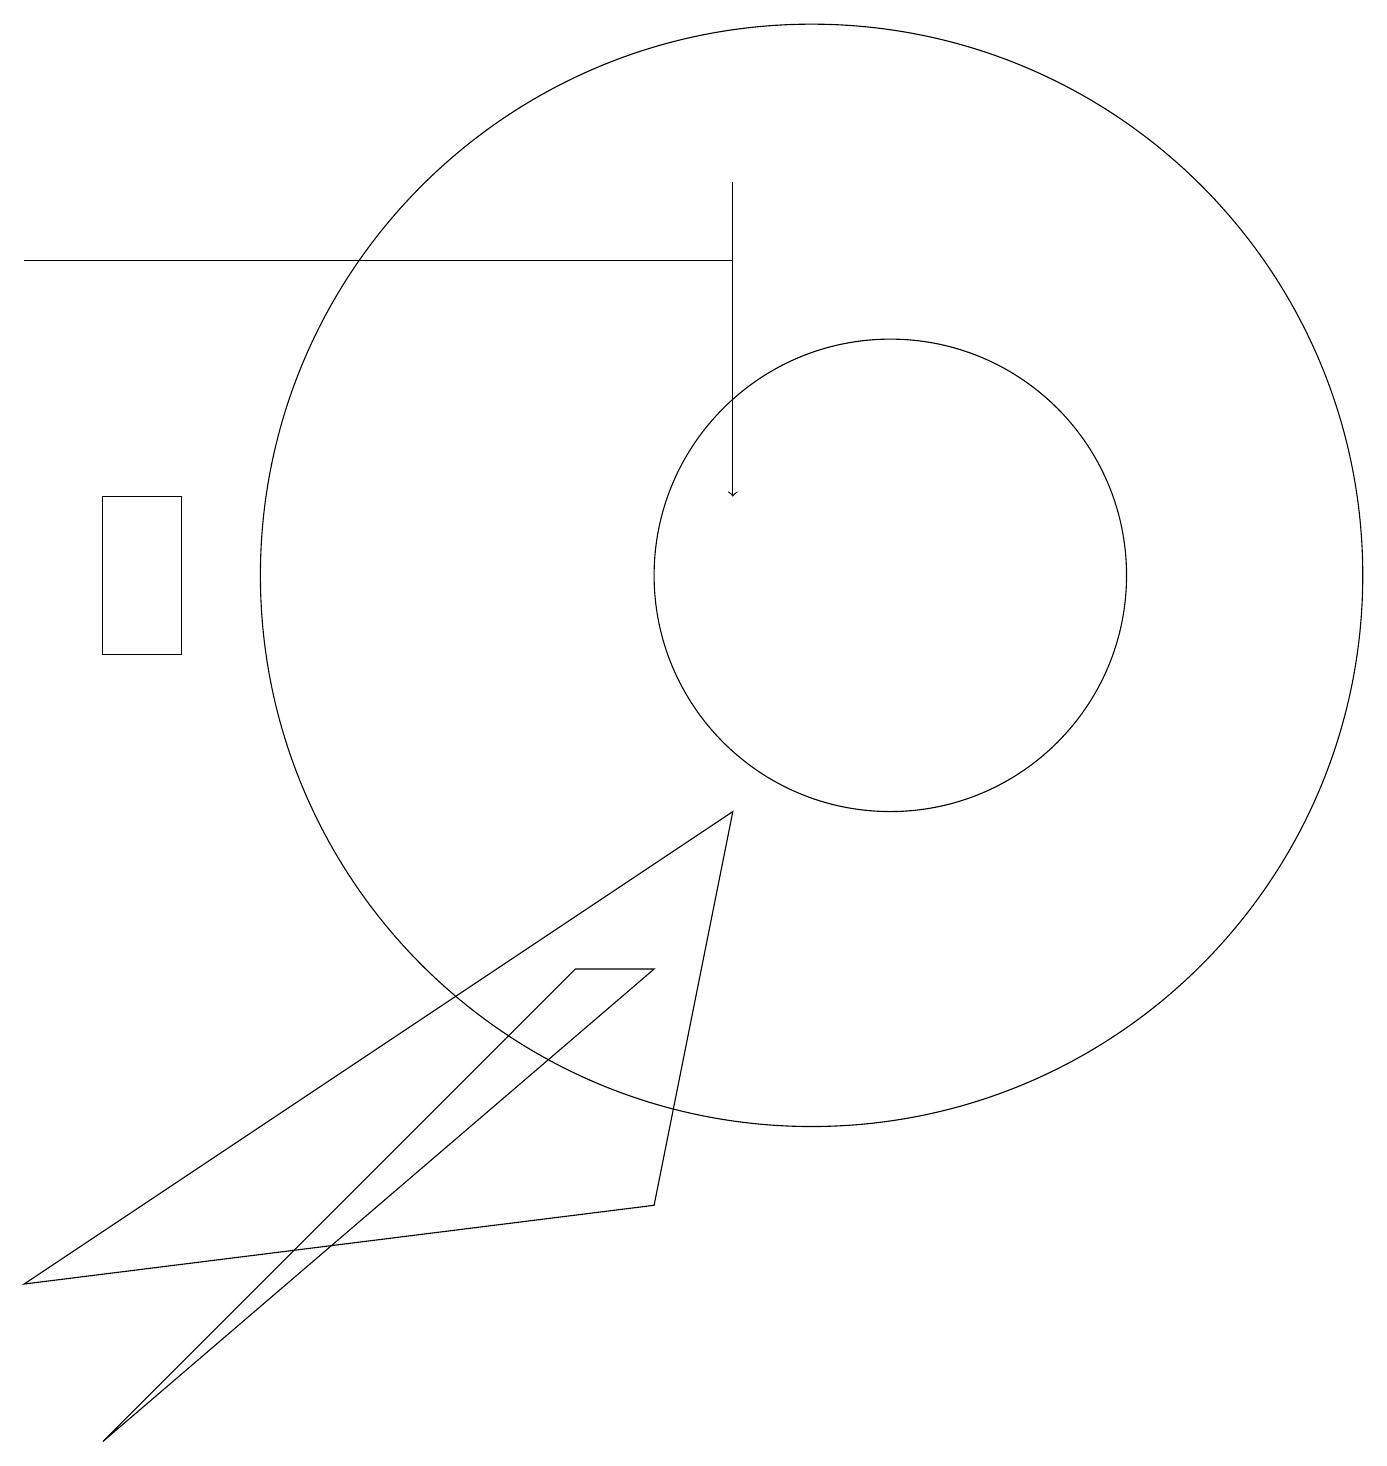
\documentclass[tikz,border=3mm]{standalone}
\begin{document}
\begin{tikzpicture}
\draw (8,6) -- (1,0) -- (7,6) -- cycle;
\draw (10,11) circle (7);
\draw[->] (9,16) -- (9,12);
\draw (9,8) -- (0,2) -- (8,3) -- cycle;
\draw (11,11) circle (3);
\draw (0,15) rectangle (9,15);
\draw (1,12) rectangle (2,10);
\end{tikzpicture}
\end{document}